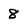
Character: 8